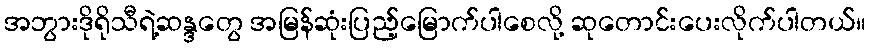
အဘွားဒိုရိုသီရဲ့ဆန္ဒတွေ အမြန်ဆုံးပြည့်မြောက်ပါစေလို့ ဆုတောင်းပေးလိုက်ပါတယ်။